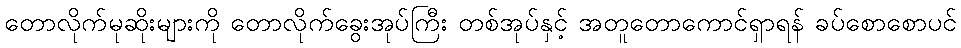
တောလိုက်မုဆိုးများကို တောလိုက်ခွေးအုပ်ကြီး တစ်အုပ်နှင့် အတူတောကောင်ရှာရန် ခပ်စောစောပင်